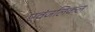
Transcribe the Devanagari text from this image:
एवंजलिकल